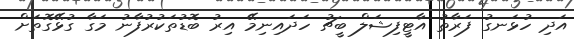
އަދި ހުޅަނގު ފަރާތު އާޓީފިޝަލް ބީޗު ހަދައިނިމޭ އިރު ބޮޑުތަކުރުފާނު މަގާ ގުޅޭގޮތަށް